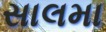
સાલમા